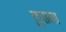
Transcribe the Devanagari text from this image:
तुपाला